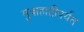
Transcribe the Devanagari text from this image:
गुवाहाटीपर्यंत